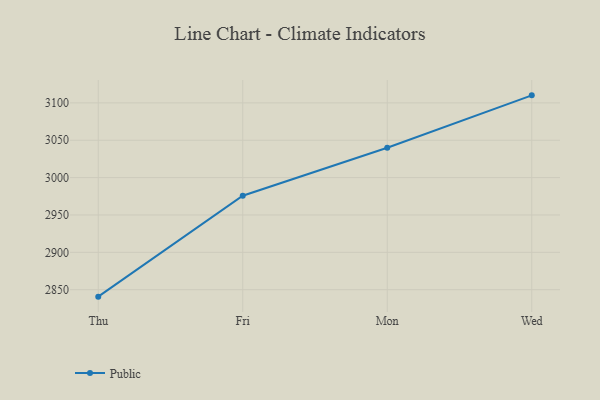
{"axis": {"x": "Day", "y": "Population (Million)"}, "legend": ["Public"], "data": [{"x": "Thu", "y": 2840.7, "type": "Public"}, {"x": "Fri", "y": 2975.8, "type": "Public"}, {"x": "Mon", "y": 3039.9, "type": "Public"}, {"x": "Wed", "y": 3110.1, "type": "Public"}]}